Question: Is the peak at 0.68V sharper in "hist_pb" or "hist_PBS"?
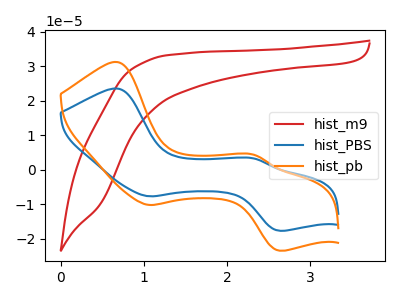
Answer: <think>The red curve "hist_m9" has no peaks. The blue curve "hist_PBS" has anodic peaks at (0.70V, 23.50uA) (2.30V, 3.30uA) and cathodic peaks at (1.05V, -7.65uA) (2.65V, -17.65uA). The orange curve "hist_pb" has anodic peaks at (0.70V, 31.15uA) (2.30V, 4.35uA) and cathodic peaks at (1.05V, -10.15uA) (2.65V, -23.40uA).</think>
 <answer>The peak at 0.68V is higher in "hist_pb" than in "hist_PBS".</answer>
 <eval>higher</eval>